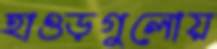
হাওড়গুলোয়